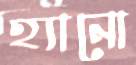
হ্যানো